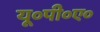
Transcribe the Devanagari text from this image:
यू०पी०ए०